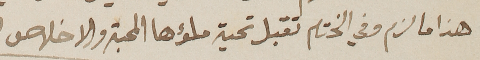
هذا ما لزم وفي الختام تقبل تحية ملؤها المحبة والاخلاص.